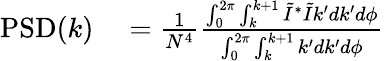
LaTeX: \begin{array}{rl}{\mathrm{PSD}(k)}&{{}=\frac{1}{N^{4}}\frac{\int_{0}^{2\pi}\int_{k}^{k+1}\tilde{I}^{*}\tilde{I}k^{\prime}dk^{\prime}d\phi}{\int_{0}^{2\pi}\int_{k}^{k+1}k^{\prime}dk^{\prime}d\phi}}\end{array}